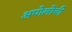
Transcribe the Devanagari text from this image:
अपोलोची